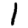
Digit: 1